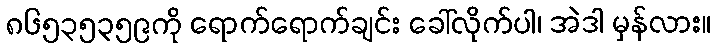
၈၆၅၃၅၃၅၉ကို ရောက်ရောက်ချင်း ခေါ်လိုက်ပါ၊ အဲဒါ မှန်လား။